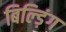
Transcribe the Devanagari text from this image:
बिल्ड़िंग